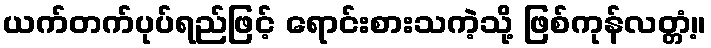
ယက်တက်ပုပ်ရည်ဖြင့် ရောင်းစားသကဲ့သို့ ဖြစ်ကုန်လတ္တံ့။